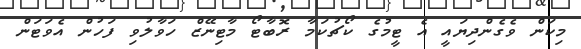
މިކަން ވެގެންދިޔައީ އެ ޓީމުގެ ކޯޗުކަމާ ރޮބާޓޯ މާޓިނޭޒް ހަވާލުވި ފަހުން އެވަޓަން